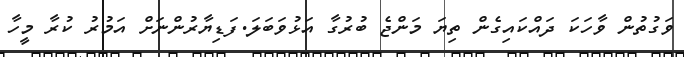
ވަގުތުން ވާހަކަ ދައްކައިގެން ތިޔަ މަންޖެ ބުރުގާ އަޅުވަބަލަ.ފަޑިޔާރުންނަށް އަމުރު ކުރާ މީހާ